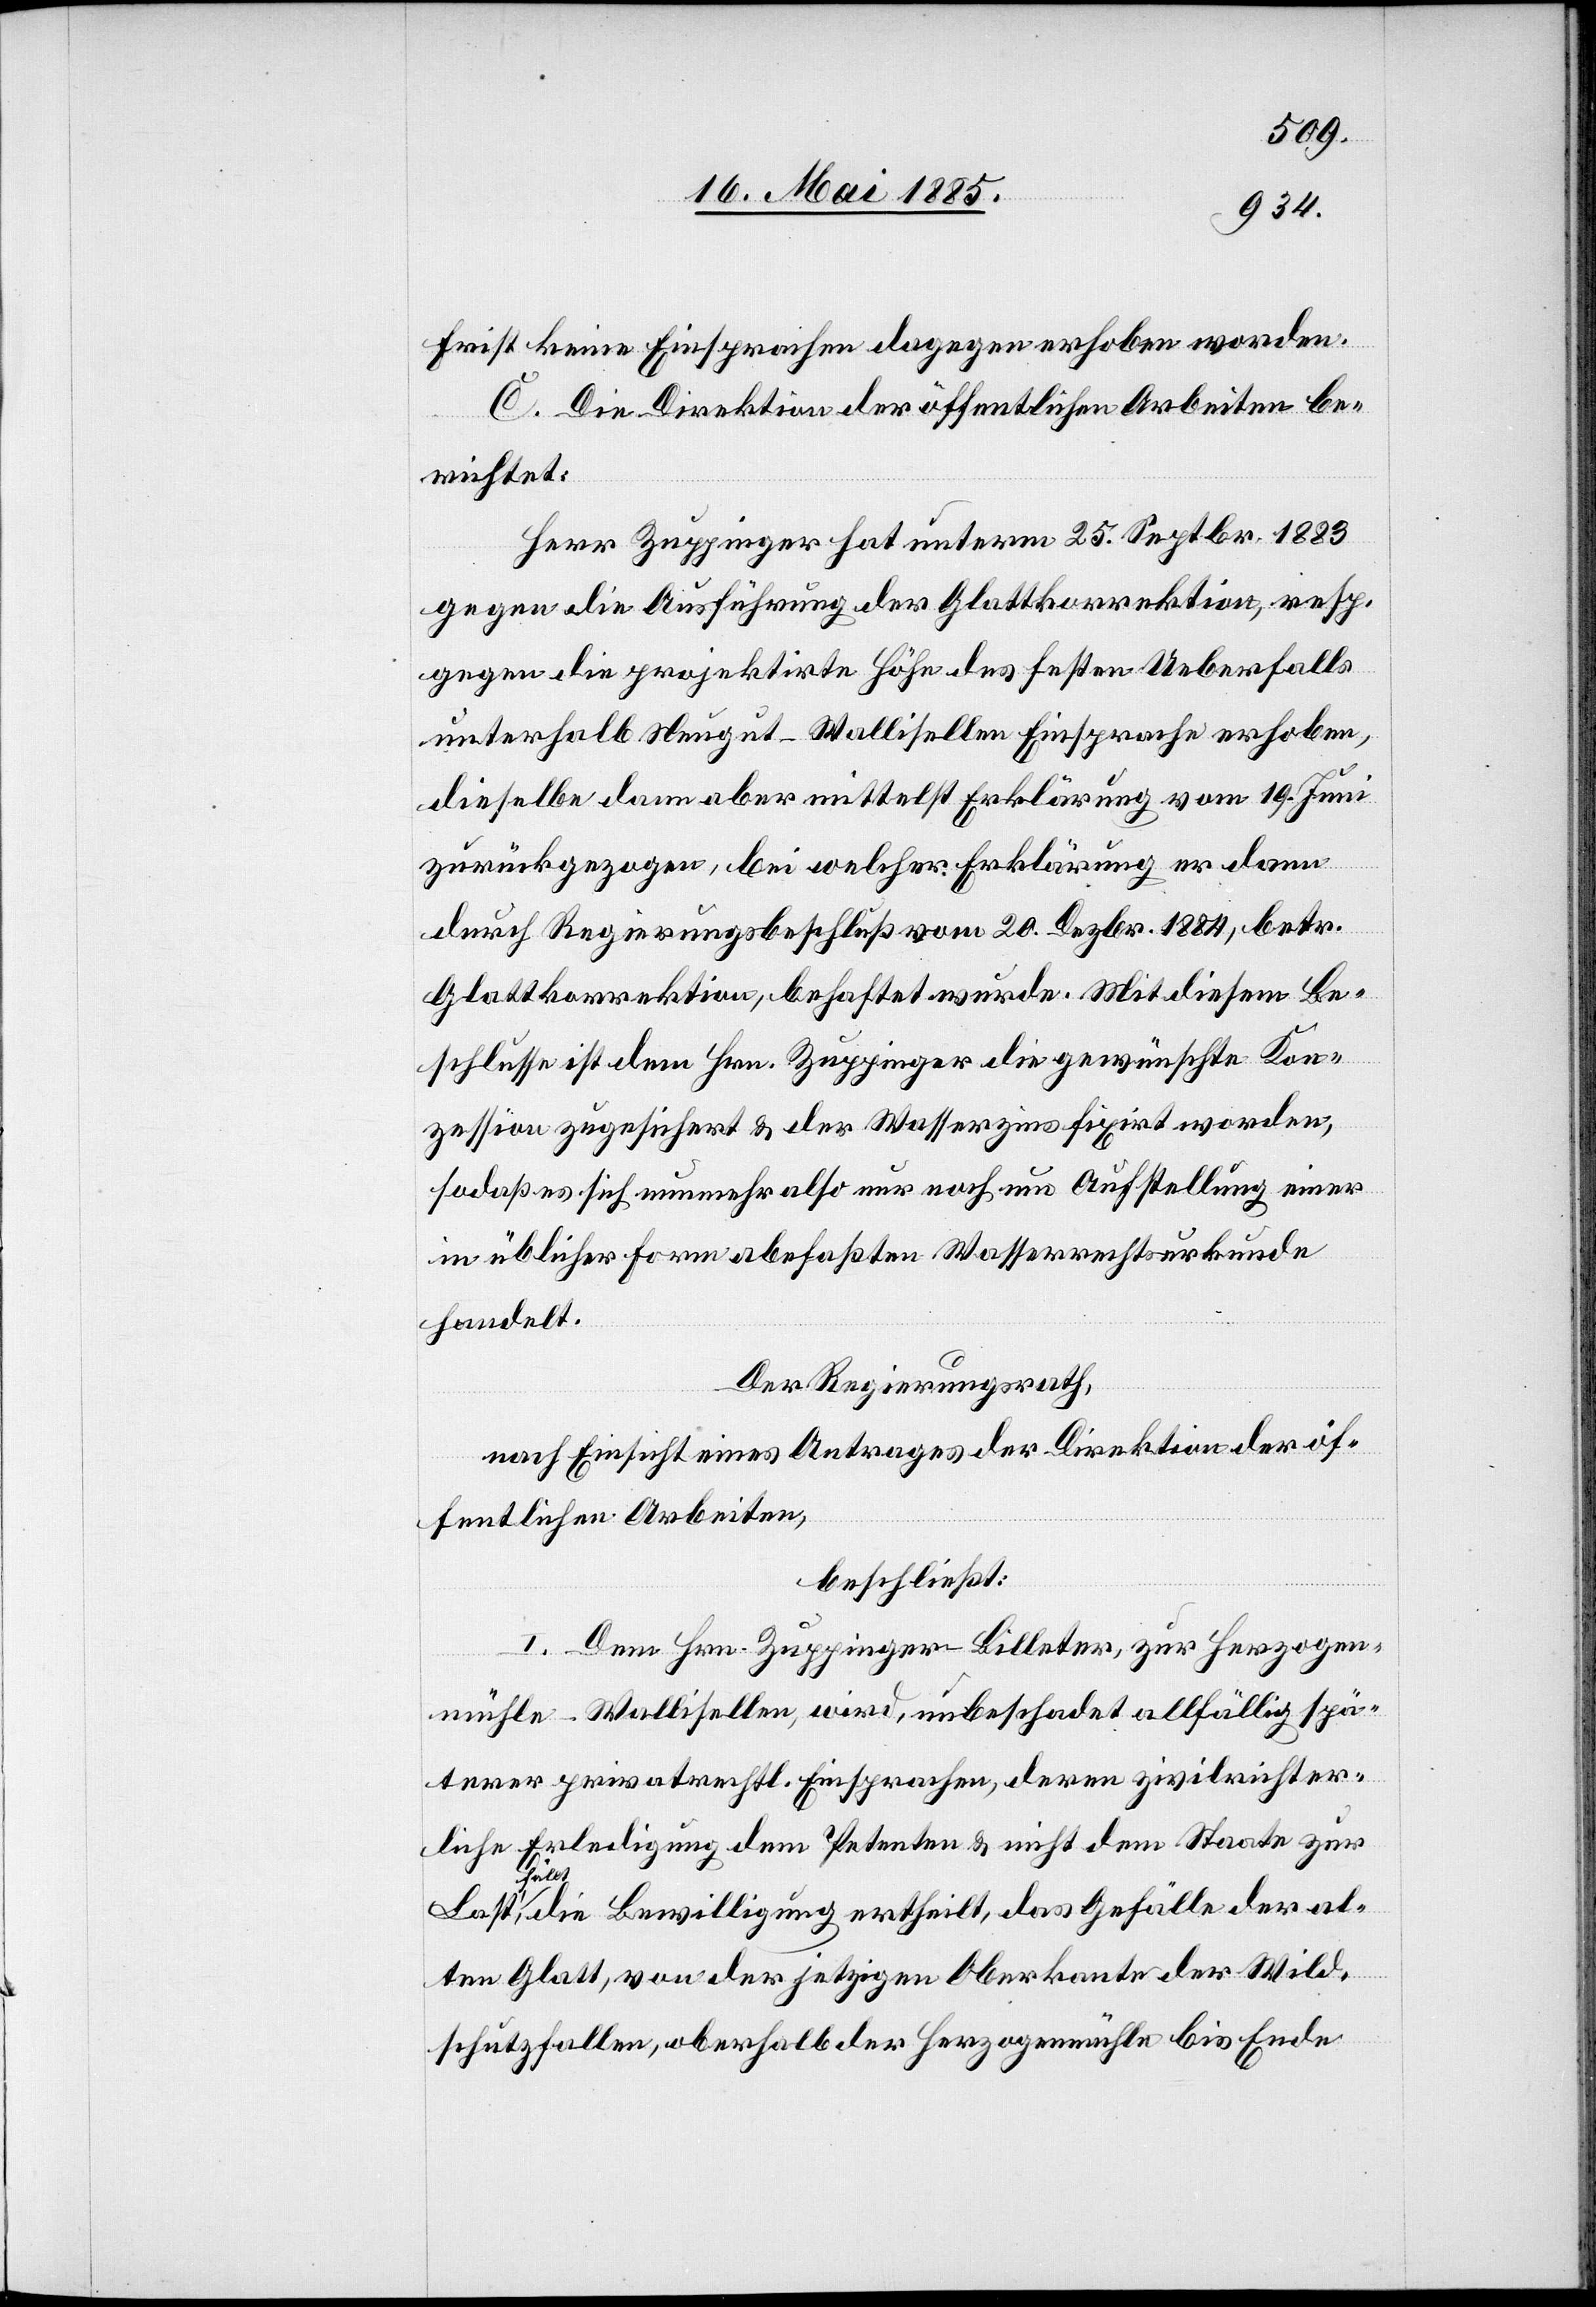
Frist keine Einsprachen dagegen erhoben worden.
C. Die Direktion der öffentlichen Arbeiten be¬
richtet:
Herr Zuppinger hat unterm 25. Septbr. 1883
gegen die Ausführung der Glattkorrektion, resp.
gegen die projektirte Höhe des festen Ueberfalls
unterhalb Neugut - Wallisellen Einsprache erhoben
dieselbe dann aber mittelst Erklärung vom 19. Juni
zurückgezogen, bei welcher Erklärung er dann
durch Regierungsbeschluß vom 20. Dezbr. 1884, betr.
Glattkorrektion, behaftet wurde. Mit diesem Be¬
schlusse ist dem Hrn. Zuppinger die gewünschte Kon¬
zession zugesichert & der Wasserzins fixirt worden,
sodaß es sich nunmehr also nur noch um Aufstellung einer
in üblicher Form ab[g]efaßten Wasserrechtsurkunde
handelt.
Der Regierungsrath,
nach Einsicht eines Antrages der Direktion der öf¬
fentlichen Arbeiten,
beschließt:
I. Dem Hrn. Zuppinger-Billeter, zur Herzogen¬
mühle - Wallisellen, wird, unbeschadet allfällig spä¬
terer privatrechtlicher Einsprachen, deren zivilrichter¬
liche Erledigung dem Petenten & nicht dem Staate zur
fäl¬
lt, die Bewilligung ertheilt, das Gefälle der al¬
ten Glatt, von der jetzigen Oberkante der Wild,
Schutzfallen, oberhalb der Herzogenmühle bis Ende